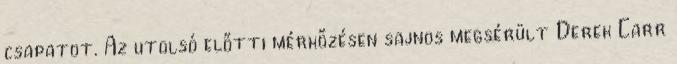
csapatot. Az utolsó előtti mérkőzésen sajnos megsérült Derek Carr